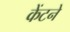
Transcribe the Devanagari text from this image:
केंटने